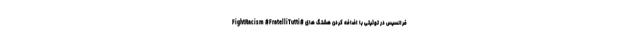
فرانسیس در توئیتی با اضافه کردن هشتگ های #FightRacism #FratelliTutti